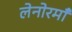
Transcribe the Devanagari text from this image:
लेनोरमाँ